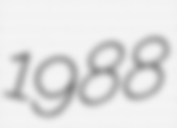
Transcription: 1988